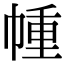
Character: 㡖